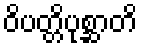
ဝိပတ္တိပုစ္ဆာတိ